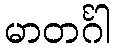
မာတင်္ဂါ